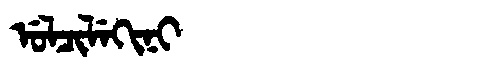
Manchu: ᡠᠯᠴᡳᠯᡝᡴᡳᠨᡳ
Romanization: ULCILEKINI